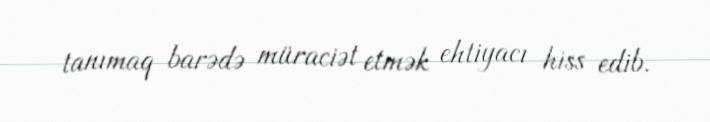
tanımaq barədə müraciət etmək ehtiyacı hiss edib.